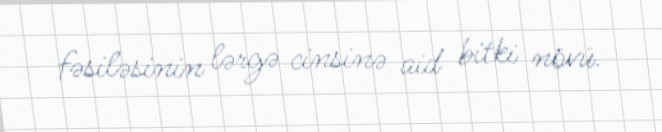
fəsiləsinin lərgə cinsinə aid bitki növü.